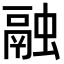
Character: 融